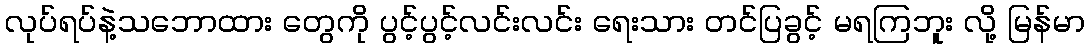
လုပ်ရပ်နဲ့သဘောထား တွေကို ပွင့်ပွင့်လင်းလင်း ရေးသား တင်ပြခွင့် မရကြဘူး လို့ မြန်မာ